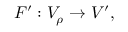
F ^ { \prime } : V _ { \rho } \to V ^ { \prime } ,